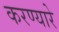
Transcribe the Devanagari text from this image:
करण्यारे